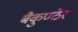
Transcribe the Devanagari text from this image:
बैकुण्ठेर